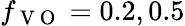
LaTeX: f_{\mathrm{~V~O~}}=0.2,0.5